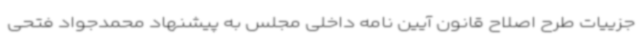
جزییات طرح اصلاح قانون آیین نامه داخلی مجلس به پیشنهاد محمدجواد فتحی